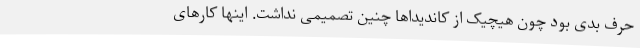
حرف بدی بود چون هیچیک از کاندیداها چنین تصمیمی نداشت. اینها کارهای